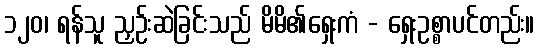
၁၂၀၊ ရန်သူ ညှဉ်းဆဲခြင်းသည် မိမိ၏ရှေးကံ - ရှေးဥစ္စာပင်တည်း။